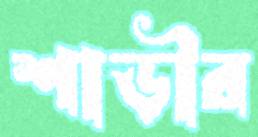
শাড়ীর